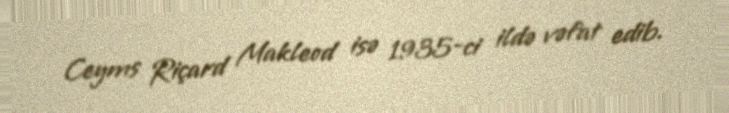
Ceyms Riçard Makleod isə 1935-ci ildə vəfat edib.